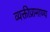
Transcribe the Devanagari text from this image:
व्यक्तीप्रामाण्य